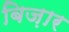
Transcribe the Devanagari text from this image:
बिज़ार